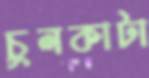
চুলকাটা